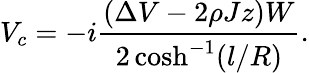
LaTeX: V_{c}=-i\frac{(\Delta V-2\rho Jz)W}{2\cosh^{-1}(l/R)}.